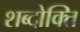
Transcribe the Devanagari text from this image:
शब्दोक्ति